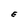
Character: E